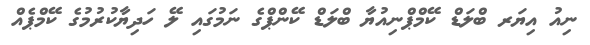
ނިއު އިޔަރ ބްލަޑް ކޭމްޕްނިއުޔާ ބްލަޑް ކޭންޕްގެ ނަމުގައި ލޭ ހަދިޔާކުރުމުގެ ކޭމްޕެއް